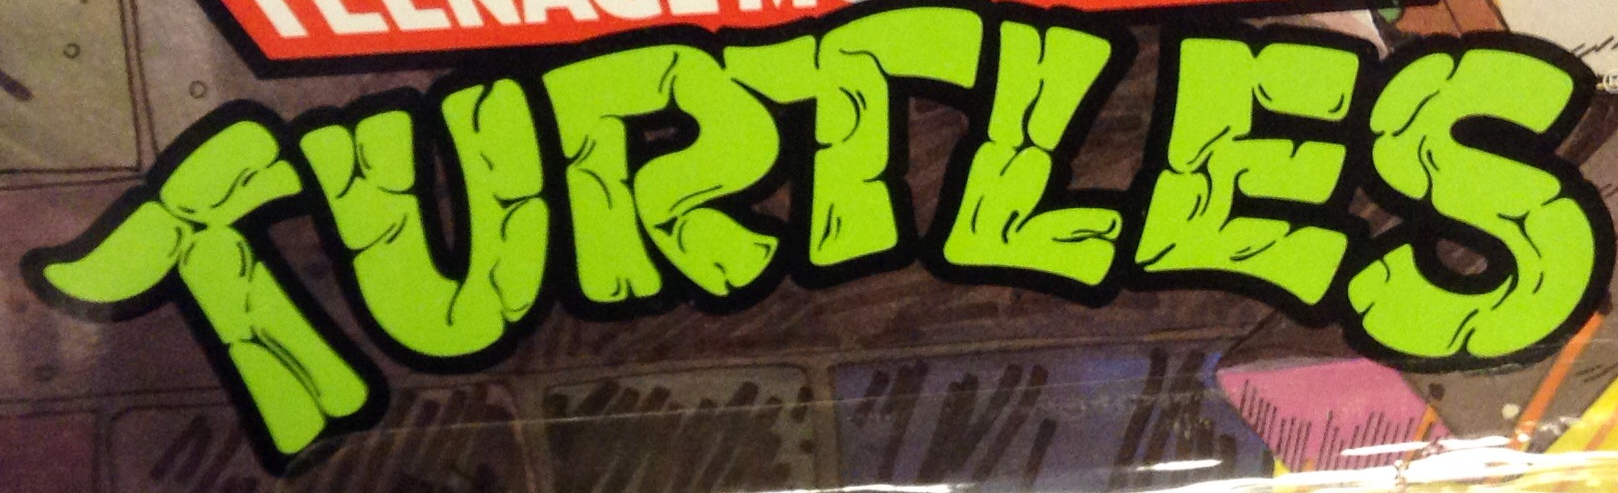
TURTLES